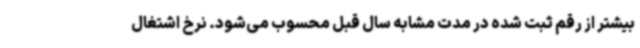
بیشتر از رقم ثبت شده در مدت مشابه سال قبل محسوب می‌شود. نرخ اشتغال